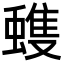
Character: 𮔺